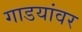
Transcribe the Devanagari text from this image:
गाडयांवर